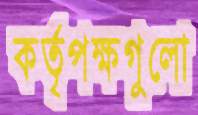
কর্তৃপক্ষগুলো